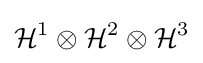
{\mathcal {H}}^{1}\otimes {\mathcal {H}}^{2}\otimes {\mathcal {H}}^{3}